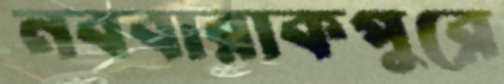
নববারাকপুরে